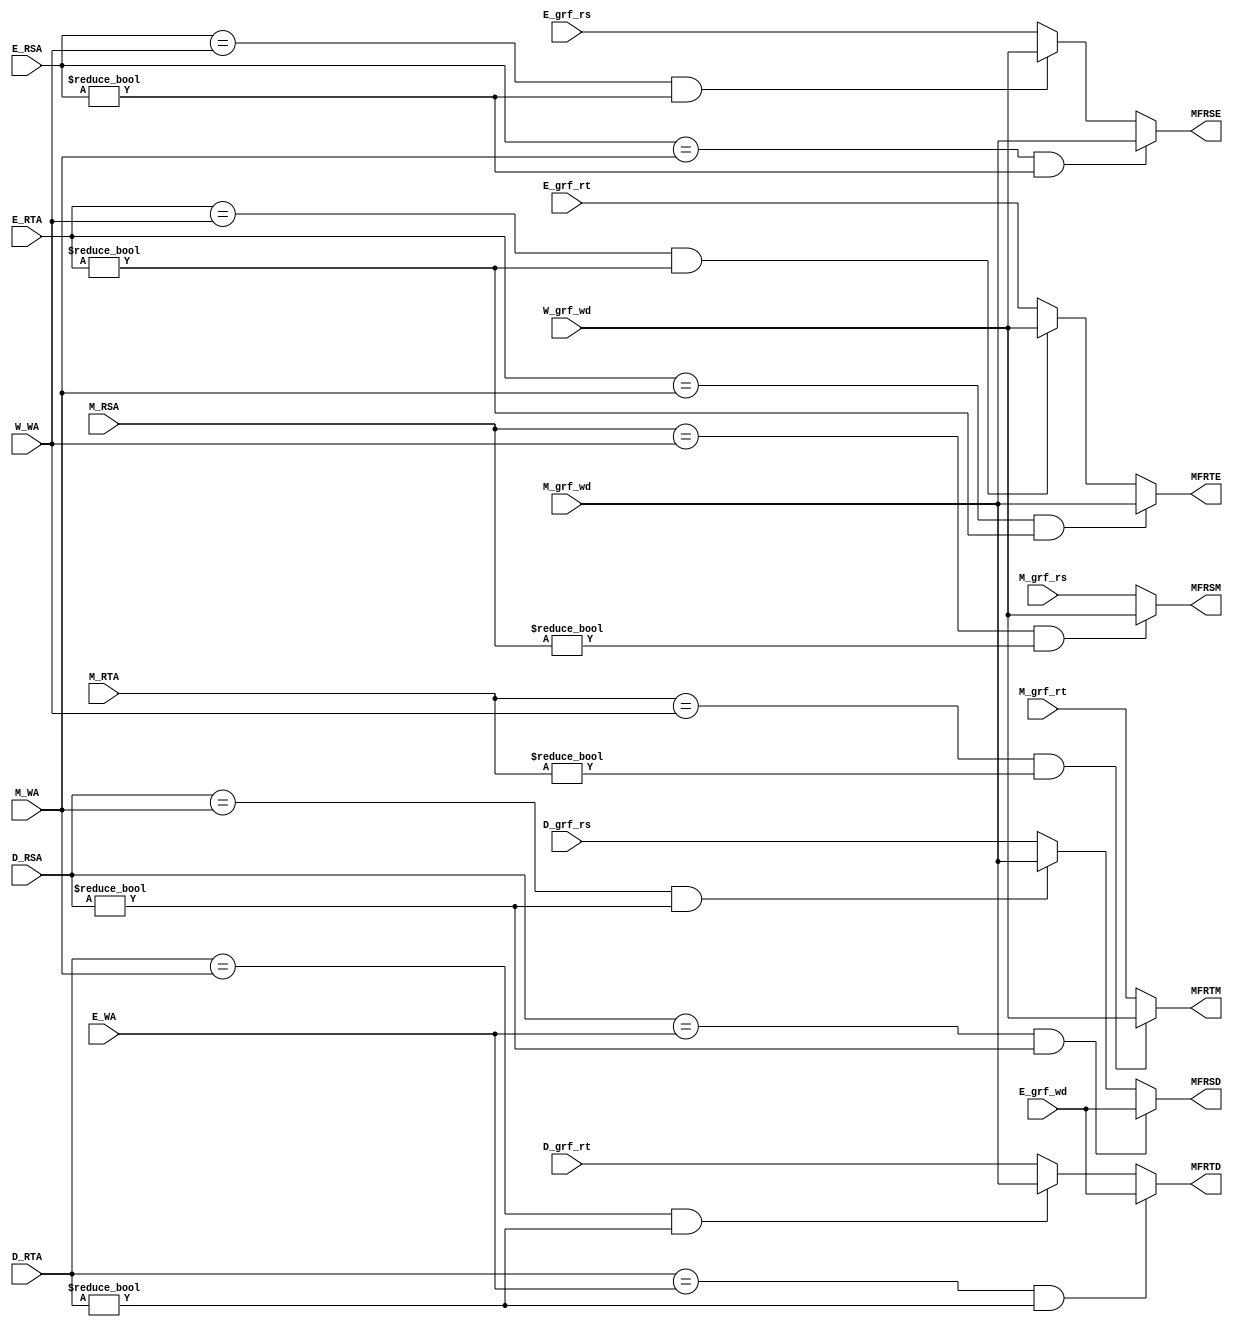
`timescale 1ns / 1ps
//////////////////////////////////////////////////////////////////////////////////
// Company: 
// Engineer: 
// 
// Design Name: 
// Module Name:    FORWARD 
// Project Name: 
// Target Devices: 
// Tool versions: 
// Description: 
//
// Dependencies: 
//
// Revision: 
// Revision 0.01 - File Created
// Additional Comments: 
//
//////////////////////////////////////////////////////////////////////////////////
`default_nettype none
module FORWARD(
    input wire [4:0] D_RSA,
	 input wire [4:0] D_RTA,
	 input wire [4:0] E_RSA,
	 input wire [4:0] E_RTA,
	 input wire [4:0] M_RSA,
	 input wire [4:0] M_RTA,
	 input wire [4:0] E_WA,//lui
	 input wire [4:0] M_WA,
	 input wire [4:0] W_WA,
	 input wire [31:0] E_grf_wd,
	 input wire [31:0] M_grf_wd,
	 input wire [31:0] W_grf_wd,
	 input wire [31:0] D_grf_rs,
	 input wire [31:0] D_grf_rt,
	 input wire [31:0] E_grf_rs,
	 input wire [31:0] E_grf_rt,
	 input wire [31:0] M_grf_rs,
	 input wire [31:0] M_grf_rt,
	 output wire [31:0] MFRSD,
	 output wire [31:0] MFRTD,
	 output wire [31:0] MFRSE,
	 output wire [31:0] MFRTE,
	 output wire [31:0] MFRSM,
	 output wire [31:0] MFRTM
    );
	 
	 assign MFRSD = (D_RSA == E_WA && D_RSA!=0)?E_grf_wd:
	                (D_RSA == M_WA && D_RSA!=0)?M_grf_wd:
						 //(D_RSA == W_WA && D_RSA!=0)?W_grf_wd://
						 D_grf_rs;
	 assign MFRTD = (D_RTA == E_WA && D_RTA!=0)?E_grf_wd:
	                (D_RTA == M_WA && D_RTA!=0)?M_grf_wd:
						 //(D_RTA == W_WA && D_RTA!=0)?W_grf_wd://
						 D_grf_rt;
	 assign MFRSE = (E_RSA == M_WA && E_RSA!=0)?M_grf_wd:
	                (E_RSA == W_WA && E_RSA!=0)?W_grf_wd:
						 E_grf_rs;
	 assign MFRTE = (E_RTA == M_WA && E_RTA!=0)?M_grf_wd:
	                (E_RTA == W_WA && E_RTA!=0)?W_grf_wd:
						 E_grf_rt;
	 assign MFRSM = (M_RSA == W_WA && M_RSA!=0)?W_grf_wd:
	                M_grf_rs;
	 assign MFRTM = (M_RTA == W_WA && M_RTA!=0)?W_grf_wd:
	                M_grf_rt;
						 
	 
	 


endmodule